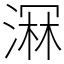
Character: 𣺉